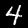
Digit: 4